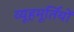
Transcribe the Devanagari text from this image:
व्यूहमूर्तियों